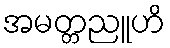
အမတ္တညူဟိ